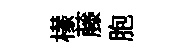
檬藤胞